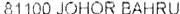
81100 JOHOR BAHRU